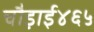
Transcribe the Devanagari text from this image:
चौड़ाई४६५